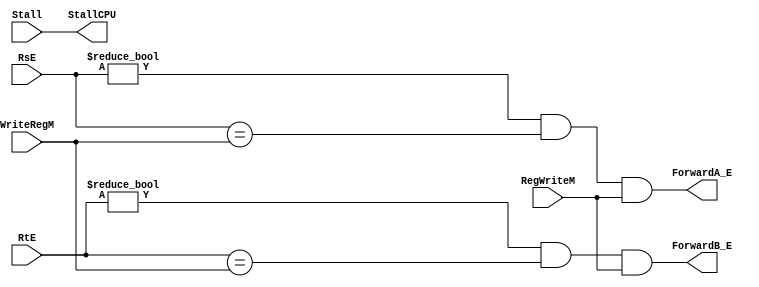
module HazardControl(input [4:0]           RsE,
		     input [4:0]           RtE,
		     input [4:0]     WriteRegM,
		     input               Stall,
                     input           RegWriteM,
	             output           StallCPU,
                     output          ForwardA_E,
		     output          ForwardB_E);

	//Forward if register being written to in the Mem Stage is the same as one needed in the Execute Stage
	assign ForwardA_E = ((RsE != 5'b0) && (RsE == WriteRegM) && (RegWriteM));
	assign ForwardB_E = ((RtE != 5'b0) && (RtE == WriteRegM) && (RegWriteM));

	//If the input Stall is high, stall the CPU
	assign StallCPU = Stall;

endmodule